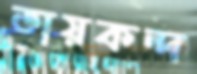
তায়কন্দ